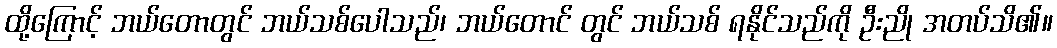
ထို့ကြောင့် ဘယ်တောတွင် ဘယ်သစ်ပေါသည်၊ ဘယ်တောင် တွင် ဘယ်သစ် ရနိုင်သည်ကို ဦးညို အတပ်သိ၏။